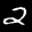
Label: 2